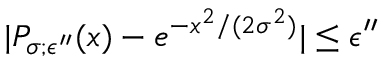
| P _ { \sigma ; \epsilon ^ { \prime \prime } } ( x ) - e ^ { - x ^ { 2 } / ( 2 \sigma ^ { 2 } ) } | \le \epsilon ^ { \prime \prime }